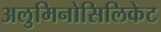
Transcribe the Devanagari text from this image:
अलुमिनोसिलिकेट